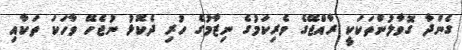
ގެންދާ ގޮވާލުންތަކަކީ ރާއްޖޭގެ ވެރިކަމުގެ ނިޒާމުގެ ހުރި ދެކޮޅު ނުޖެހޭ ވާހަކަ ތަކާއި